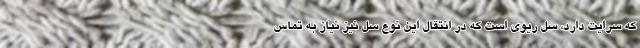
که سرایت دارد، سل ریوی است که در انتقال این نوع سل نیز نیاز به تماس